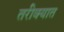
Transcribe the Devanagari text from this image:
तरीक्यात